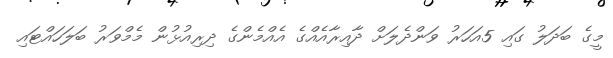
މީގެ ބަދަލު ގައި 5އަހަރު ވަންދެލަށް ދާއިރާއެއްގެ އެއްމެންގެ ދިރިއުޅުން މެމްވަރު ބަލަހައްޓައި